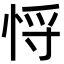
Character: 𢚃